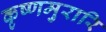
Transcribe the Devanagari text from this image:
कृष्णमुरारि